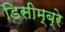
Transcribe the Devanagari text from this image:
डिसीम्ब्रे